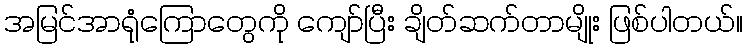
အမြင်အာရုံကြောတွေကို ကျော်ပြီး ချိတ်ဆက်တာမျိုး ဖြစ်ပါတယ်။